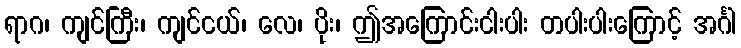
ရာဂ၊ ကျင်ကြီး၊ ကျင်ငယ်၊ လေ၊ ပိုး၊ ဤအကြောင်းငါးပါး တပါးပါးကြောင့် အင်္ဂါ